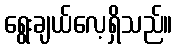
ရွေးချယ်လေ့ရှိသည်။